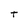
Character: t